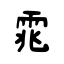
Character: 雿